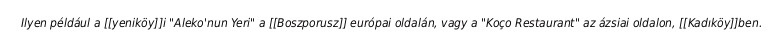
Ilyen például a [[yeniköy]]i "Aleko'nun Yeri" a [[Boszporusz]] európai oldalán, vagy a "Koço Restaurant" az ázsiai oldalon, [[Kadıköy]]ben.